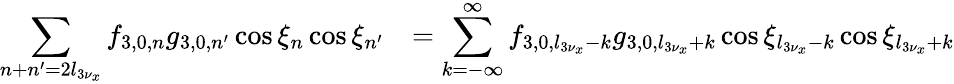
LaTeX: \begin{array}{cl}{\displaystyle\sum_{n+n^{\prime}=2l_{3\nu_{x}}}{f_{3,0,n}g_{3,0,n^{\prime}}\cos{\xi_{n}}\cos{\xi_{n^{\prime}}}}}&{=\displaystyle\sum_{k=-\infty}^{\infty}{f_{3,0,l_{3\nu_{x}}-k}g_{3,0,l_{3\nu_{x}}+k}\cos{\xi_{l_{3\nu_{x}}-k}}\cos{\xi_{l_{3\nu_{x}}+k}}}}\end{array}